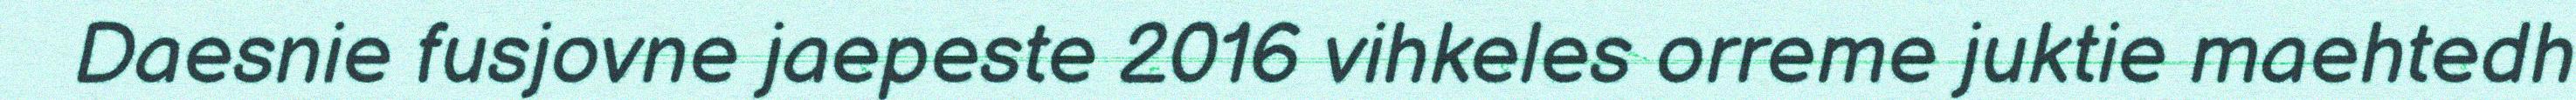
Daesnie fusjovne jaepeste 2016 vihkeles orreme juktie maehtedh